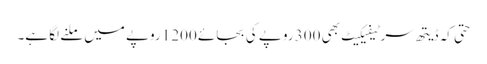
حتی کہ ڈیتھ سرٹیفیکیٹ بھی 300 روپے کی بجائے 1200 روپے میں ملنے لگا ہے۔